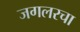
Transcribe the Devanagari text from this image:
जगलरचा